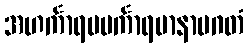
အဟင်္ကာရမမင်္ကာရမာနာပဂတံ